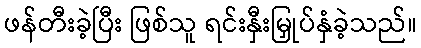
ဖန်တီးခဲ့ပြီး ဖြစ်သူ ရင်းနှီးမြှုပ်နှံခဲ့သည်။